Lunatic asylums Central Provinces reports 1895-1909 - 1895-1909
Year: 1895
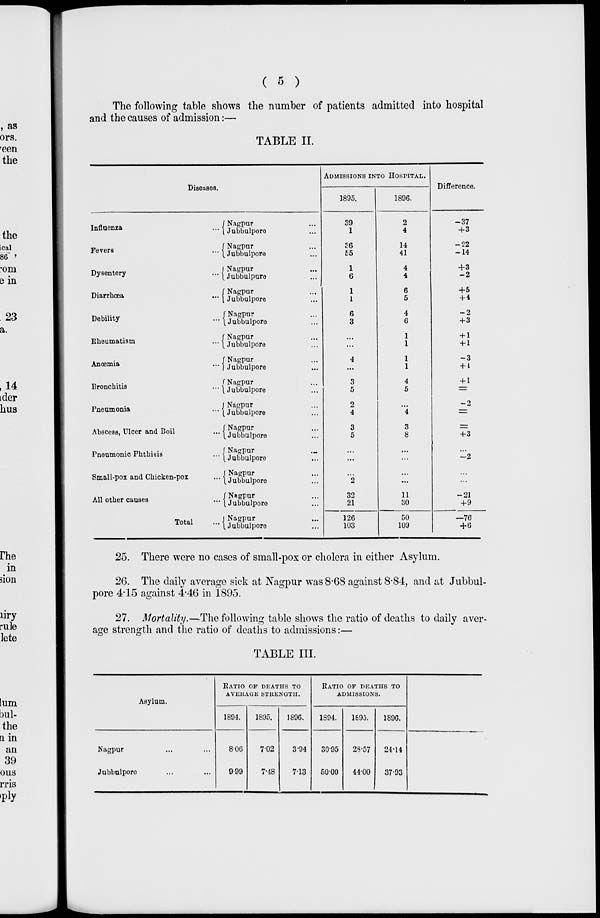
( 5 )
The following table shows the number of patients admitted into hospital
and the causes of admission :—
TABLE II.
Diseases.
Influenza ...
Fevers ...
Dysentery ...
Diarrhœa ...
Debility ...
Rheumatism ...
Anœmia ...
Bronchitis ...
Pneumonia ...
Abscess, Ulcer and Boil ...
Pneumonic Phthisis ...
Small-pox and Chicken-pox ...
All other causes ...
Total ...
Nagpur ...
Jubbulpore ...
Nagpur ...
Jubbulpore ...
Nagpur ...
Jubbulpure ...
Nagpur ...
Jubbulpore ...
Nagpur ...
Jubbulpore
Nagpur ...
Jubbulpore ...
Nagpur ...
Jubbulpore ...
Nagpur ...
Jubbulpore ...
Nagpur ...
Jubbulpore ...
Nagpur ...
Jubbulpore ...
Nagpur ...
Jubbulpore ...
Nagpur ...
Jubbulpore ...
Nagpur ...
Jubbulpore ...
Nagpur ...
Jubbulpore ...
ADMISSIONS INTO HOSPITAL.
1895.
39
1
36
55
1
6
1
1
6
3
...
...
4
...
3
5
2
4
3
5
...
...
...
2
32
21
126
103
1896.
2
4
14
41
4
4
6
5
4
6
1
1
1
1
4
5
...
4
3
8
...
...
...
...
11
30
50
109
Difference.
—37
+3
—22
—14
+3
—2
+5
+4
—2
+3
+ 1
+ 1
—3
+ 1
+ 1
—
—2
=
=
+3
—2
...
...
—21
+9
—76
+6
25. There were no cases of small-pox or cholera in either Asylum.
26. The daily average sick at Nagpur was 8.68 against 8.84, and at Jubbul-
pore 4.15 against 4.46 in 1895.
27. Mortality.—The following table shows the ratio of deaths to daily aver-
age strength and the ratio of deaths to admissions:—
TABLE III.
Asylum.
Nagpur ... ...
Jubbulpore ... ...
RATIO OF DEATHS TO
AVERAGE STRENGTH.
1894.
8.06
9.99
1895.
7.02
7.48
1896.
3.94
7.13
RATIO OF DEATHS TO
ADMISSIONS.
1894.
30.95
50.00
1893.
28.57
44.00
1896.
24.14
37.93